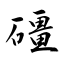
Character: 礓